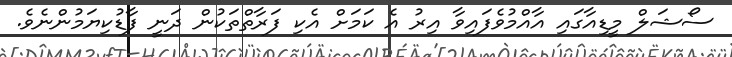
ސޯޝަލް މީޑިއާގައި އާއްމުވެފައިވާ އިރު އެ ކަމަށް އެކި ފަރާތްތަކުން ދަނީ ފާޑުކިޔަމުންނެވެ.